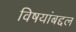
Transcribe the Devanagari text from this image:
विषयांबद्दल